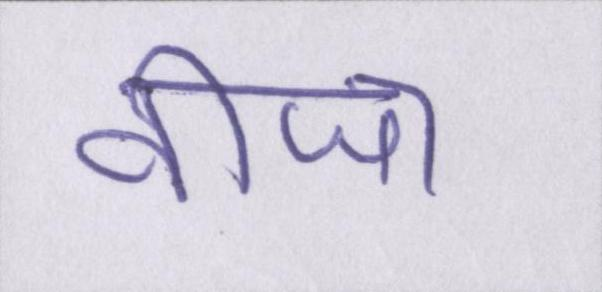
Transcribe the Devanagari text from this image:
वीजा